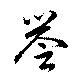
譽